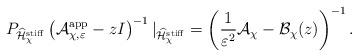
LaTeX: \begin{align*}P_{\widehat{\mathcal{H}}_\chi^{\rm stiff}}\left(\mathcal{A}_{\chi,\varepsilon}^{\rm app} - zI \right)^{-1}|_{\widehat{\mathcal{H}}_\chi^{\rm stiff}} = \left(\frac{1}{\varepsilon^2}\mathcal{A}_\chi - \mathcal{B}_\chi(z) \right)^{-1}. \end{align*}